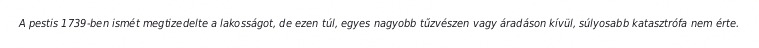
A pestis 1739-ben ismét megtizedelte a lakosságot, de ezen túl, egyes nagyobb tűzvészen vagy áradáson kívül, súlyosabb katasztrófa nem érte.